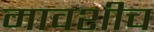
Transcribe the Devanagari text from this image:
मावशीच